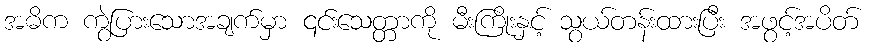
အဓိက ကွဲပြားသောအချက်မှာ ၎င်းသေတ္တာကို မီးကြိုးနှင့် သွယ်တန်းထားပြီး အဖွင့်အပိတ်